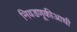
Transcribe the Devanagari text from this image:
निवडणूकीआधी